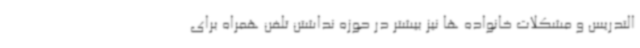
التدریس و مشکلات خانواده ها نیز بیشتر در حوزه نداشتن تلفن همراه برای